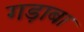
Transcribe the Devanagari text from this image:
गड़ाबा